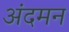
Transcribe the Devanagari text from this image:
अंदमन